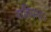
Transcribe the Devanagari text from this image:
पाहियाम।